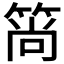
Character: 𬕒